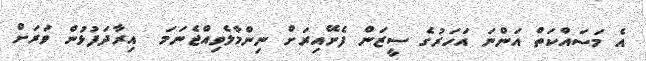
އެ މަސައްކަތް އަންނަ އަހަރުގެ ސީޒަން ފެށޭއިރަށް ނިންމާލެވިއްޖެނަމަ  އިރާދަފުޅުން ވަރަށް